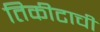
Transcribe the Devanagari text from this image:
तिकीटाची